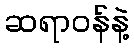
ဆရာဝန်နဲ့